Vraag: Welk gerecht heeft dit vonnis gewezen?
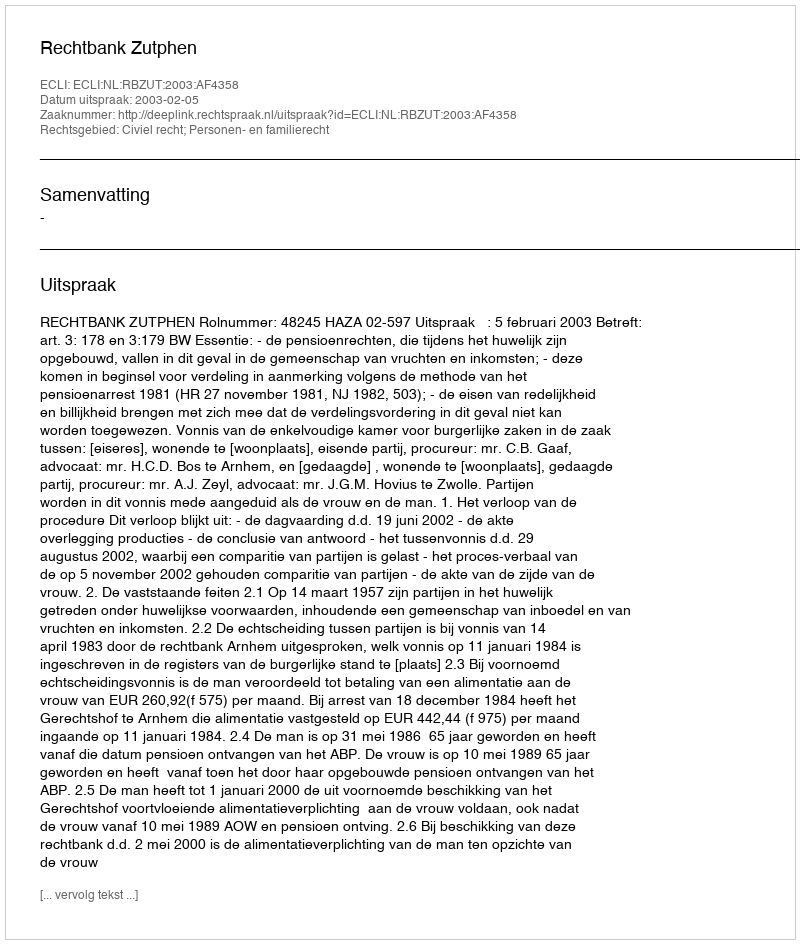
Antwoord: Rechtbank Zutphen